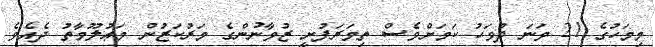
މިމަހުގެ 21 ވަނަ ދުވަހު ކަމަށްވެސް ތިމަރަފުށީ ޒުވާނުންގެ މަރުކަޒުން މަޢުލޫމާތު ދެއެވެ.